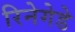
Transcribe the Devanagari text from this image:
रिनेगेडे